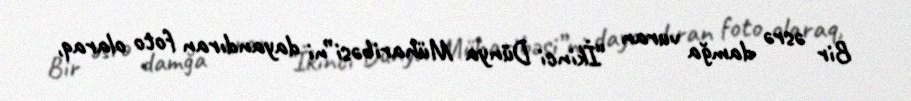
Bir əsrə damğa vuran “İkinci Dünya Müharibəsi”ni dayandıran foto olaraq,